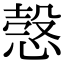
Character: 愨